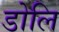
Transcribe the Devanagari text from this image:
डोलि